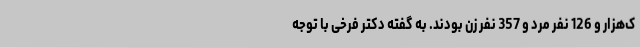
ک‌هزار و 126 نفر مرد و 357 نفر زن بودند. به گفته دکتر فرخی با توجه